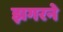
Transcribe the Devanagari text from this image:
झगरने